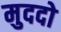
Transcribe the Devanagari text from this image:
मुददो